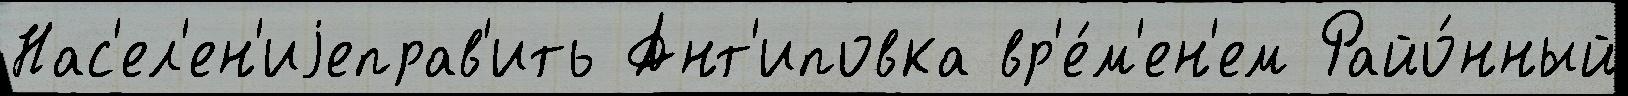
Нас'ел'ен'иjеправ'ить Ант'иповка вр'е́м'ен'ем Райо́нный